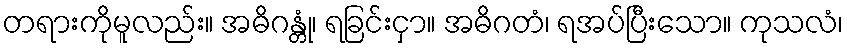
တရားကိုမူလည်း။ အဓိဂန္တုံ၊ ရခြင်းငှာ။ အဓိဂတံ၊ ရအပ်ပြီးသော။ ကုသလံ၊